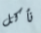
نأكل